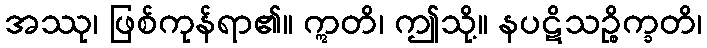
အဿု၊ ဖြစ်ကုန်ရာ၏။ ဣတိ၊ ဤသို့။ နပဋိသဉ္စိက္ခတိ၊